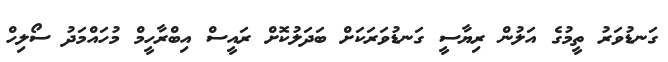
ގަނޑުވަރު ތީމުގެ އަލުން ރިޔާސީ ގަނޑުވަރަކަށް ބަދަލުކޮށް ރައީސް އިބްރާހީމް މުހައްމަދު ސޯލިހް